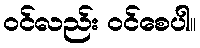
၀င်လည်း ဝင်စေပါ။